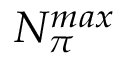
N _ { \pi } ^ { m a x }